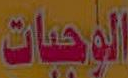
الوجبات